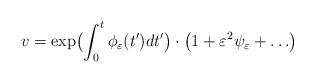
LaTeX: \begin{align*}v=\exp \bigl(\int_0^t\phi _\varepsilon (t')dt'\bigr)\cdot\bigl(1+\varepsilon ^2\psi _\varepsilon +\ldots \bigr)\end{align*}